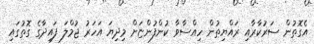
އެގޮތުން ސަރުކާރާއި ރައްޔިތުން ހިއްސާވާ ކުންފުންޏަށް މިދިޔަ އަހަރު ޖުމްލަ ފައިދާގެ ގޮތުގައި